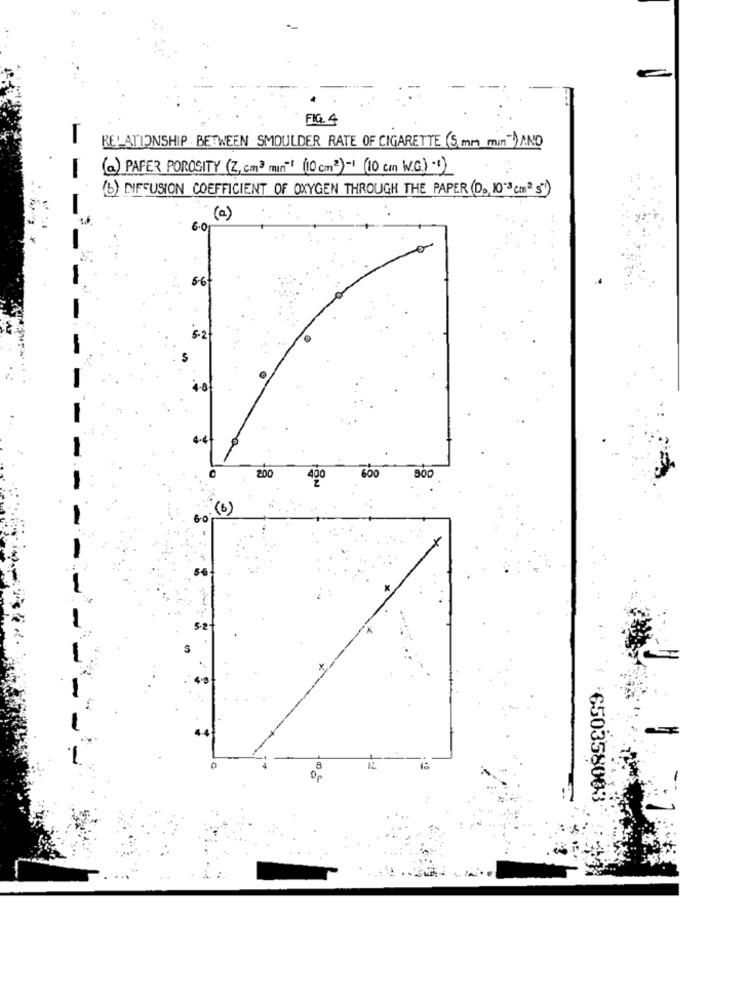
FIG. 4
RELATIONSHIP BETWEEN SMOULDER RATE OF CIGARETTE (5 mm min-) AND
(a) PAPER POROSITY (Z, cm3 min-1 (10cm2)-1 (10 cm W.G) -1)
(b) DIFFUSION COEFFICIENT OF OXYGEN THROUGH THE PAPER (D ., 10-3 cm2 5)
(c)
6.Or
5-6
600
200
400
(6)
-
650358003